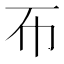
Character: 𢁓